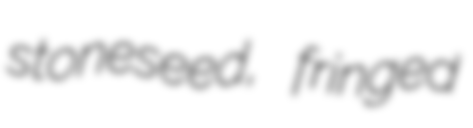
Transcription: stoneseed, fringed